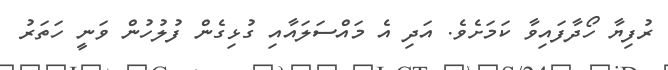
ރުފިޔާ ހޯދާފައިވާ ކަމަށެވެ. އަދި އެ މައްސަލައާއި ގުޅިގެން ފުލުހުން ވަނީ ހަތަރު